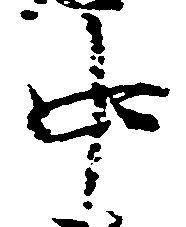
中